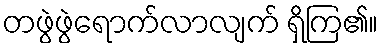
တဖွဲဖွဲရောက်လာလျက် ရှိကြ၏။